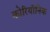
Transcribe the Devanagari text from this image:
कोरियॉनिक